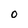
Character: 0